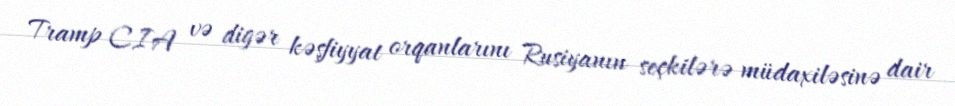
Tramp CIA və digər kəşfiyyat orqanlarını Rusiyanın seçkilərə müdaxiləsinə dair